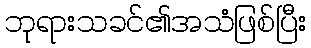
ဘုရားသခင်၏အသံဖြစ်ပြီး